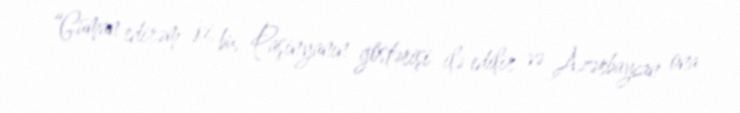
“Güman edirəm ki, bu, Paşinyanın göstərişi ilə edilir və Azərbaycan ona